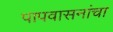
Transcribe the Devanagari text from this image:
पापवासनांचा